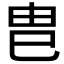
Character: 𭘋